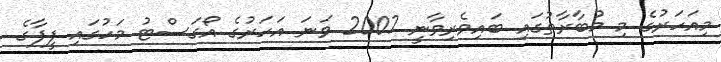
މިއަހަރުގެ މި މުބާރާތުގައި ބައިވެރިވާނީ 2007 ވަނަ އަހަރުގެ އޯގަސްޓު މަހުގައި ފީފާގެ